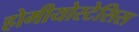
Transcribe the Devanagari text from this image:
होमीयोस्टेसिस